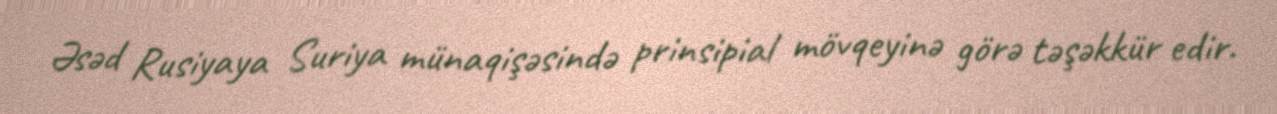
Əsəd Rusiyaya Suriya münaqişəsində prinsipial mövqeyinə görə təşəkkür edir.